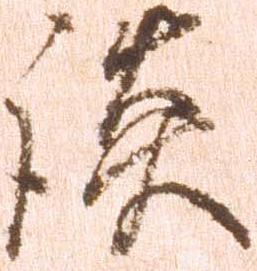
談